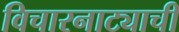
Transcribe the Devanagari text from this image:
विचारनाट्याची